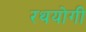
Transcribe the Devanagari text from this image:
रथयोगी